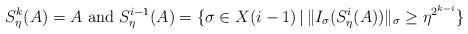
LaTeX: \begin{align*} S_\eta^k(A)=A \mbox{ and } S_\eta^{i-1}(A) = \{\sigma \in X(i-1) \, | \, \|I_\sigma(S_\eta^i(A))\|_\sigma \geq \eta^{2^{k-i}} \}\end{align*}